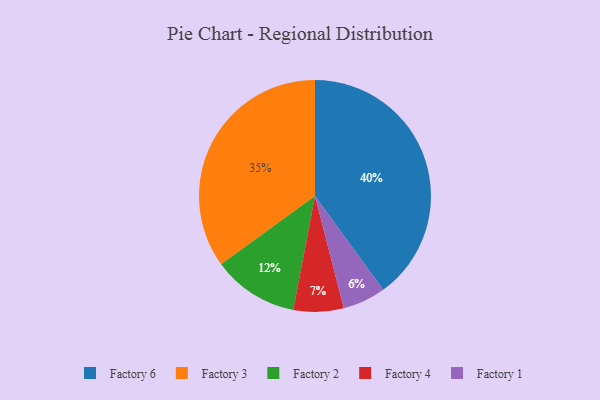
{"axis": {"x": "Category", "y": "Percentage"}, "legend": ["Factory 1", "Factory 2", "Factory 3", "Factory 4", "Factory 6"], "data": [{"x": "Factory 4", "y": 7, "type": "Factory 4"}, {"x": "Factory 3", "y": 35, "type": "Factory 3"}, {"x": "Factory 6", "y": 40, "type": "Factory 6"}, {"x": "Factory 2", "y": 12, "type": "Factory 2"}, {"x": "Factory 1", "y": 6, "type": "Factory 1"}]}